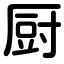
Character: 厨